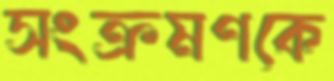
সংক্রমণকে